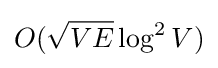
O({\sqrt {VE}}\log ^{2}{V})